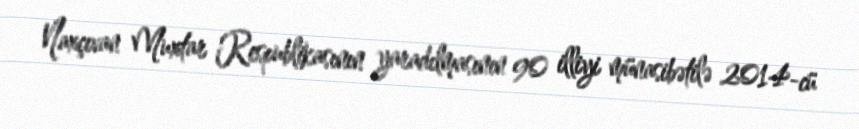
Naxçıvan Muxtar Respublikasının yaradılmasının 90 illiyi münasibətilə 2014-cü